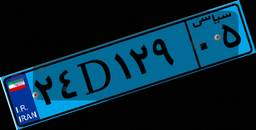
۲۴D۱۲۹۰۵